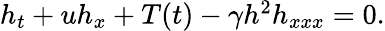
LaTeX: \begin{array}{r}{h_{t}+uh_{x}+T(t)-\gamma h^{2}h_{xxx}=0.}\end{array}